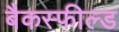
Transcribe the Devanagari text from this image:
बैकस्फील्ड